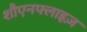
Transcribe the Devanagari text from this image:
शौएनफ्लाइज़